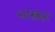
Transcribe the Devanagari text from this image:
शास्त्रतः